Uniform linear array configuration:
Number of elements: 64
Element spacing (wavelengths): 0.25
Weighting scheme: exponential
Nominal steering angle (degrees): -45
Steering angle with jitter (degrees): -44.975
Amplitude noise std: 0.05
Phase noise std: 0.05

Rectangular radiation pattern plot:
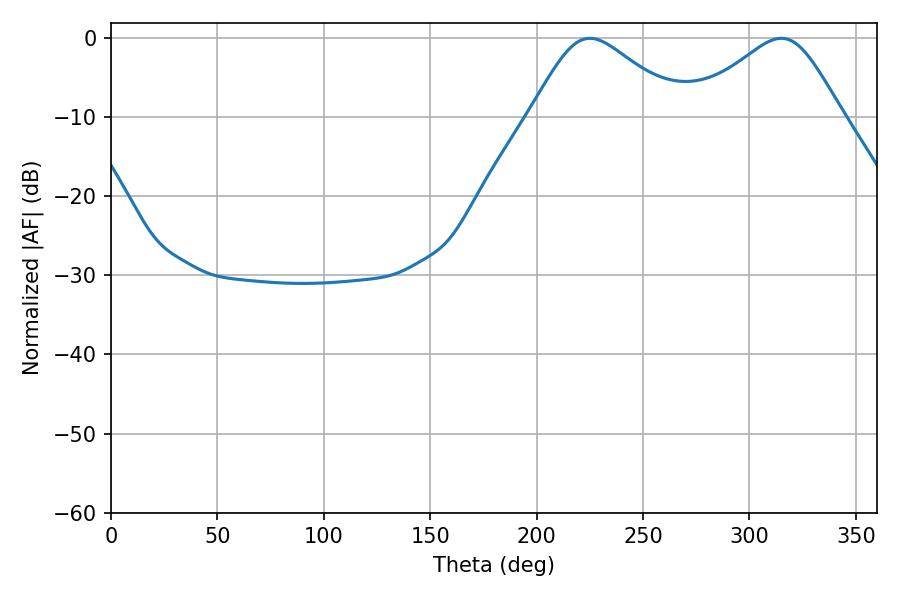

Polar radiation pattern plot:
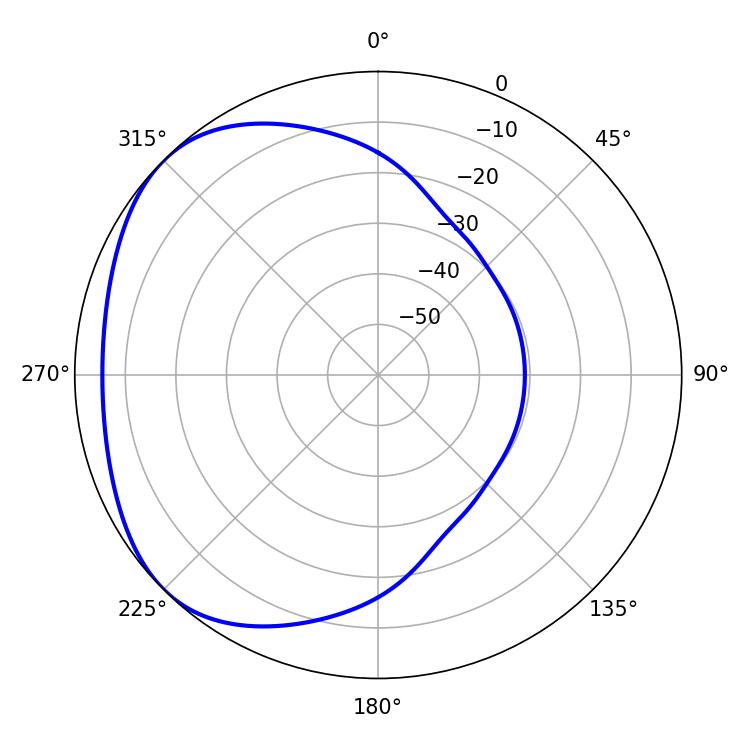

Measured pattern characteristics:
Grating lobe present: FALSE
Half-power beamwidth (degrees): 35.1
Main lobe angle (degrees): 225